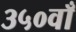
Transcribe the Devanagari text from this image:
३५०वाँ